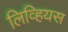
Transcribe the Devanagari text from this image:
लिव्हियस